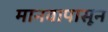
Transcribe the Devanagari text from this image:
मानवापासून